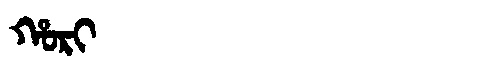
Manchu: ᡥᠣᡵᡳ
Romanization: HORI